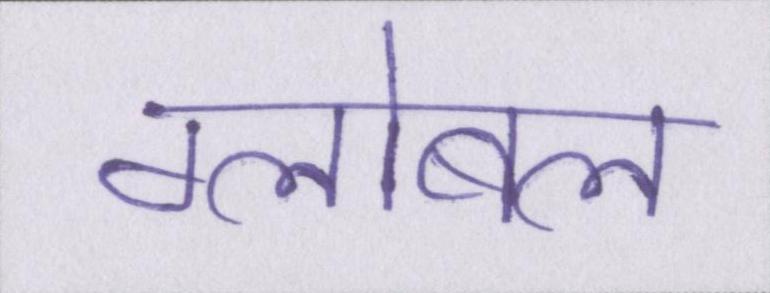
ग्लोबल